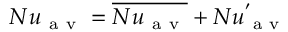
N u _ { \mathrm { ~ a ~ v ~ } } = \overline { { N u _ { \mathrm { ~ a ~ v ~ } } } } + N u _ { \mathrm { ~ a ~ v ~ } } ^ { ' }